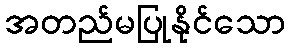
အတည်မပြုနိုင်သော